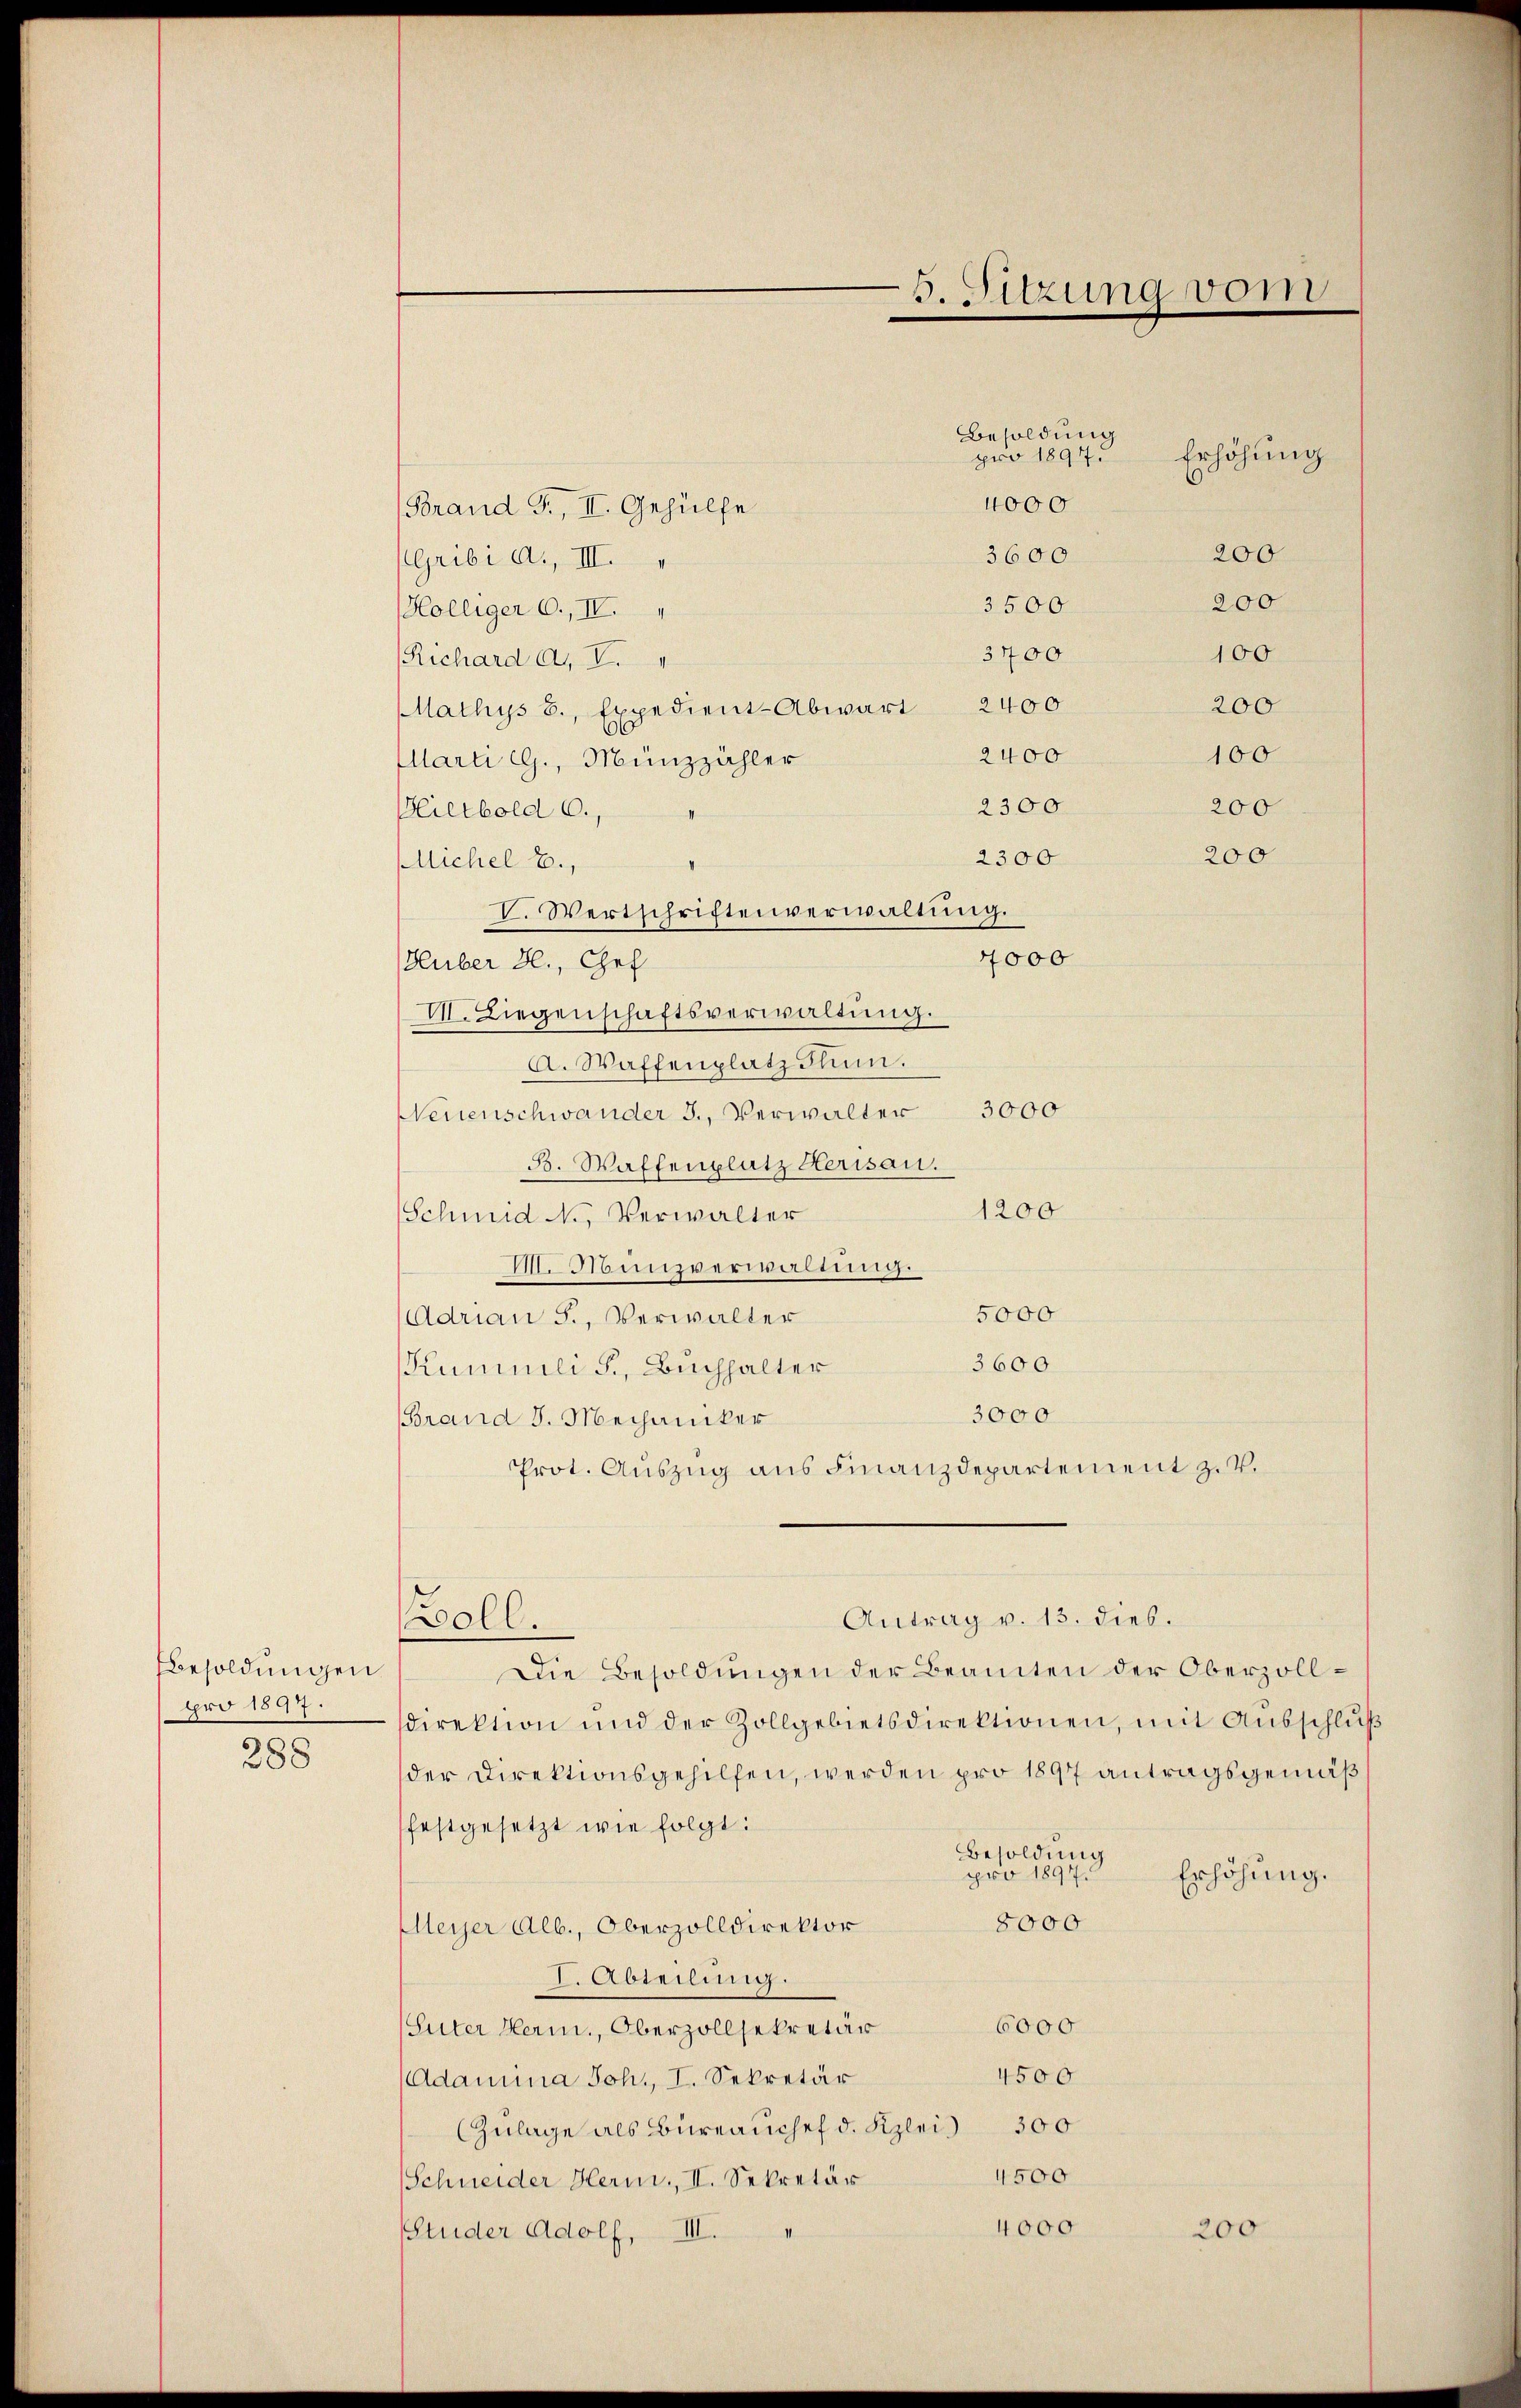
Besoldungen
pro 1897.
288

(Brand T., II. Gehülfe
Gribi a., III.
3500
Kölliger C., IV.
3400
Richard a., V.
Mathys 8., Expedient-Abwart 2400
2400
larti lg., Münzzähler
2300.
Hietbold c.,
2300
Michel E.,
4000
Huber B., Chef
V. Liegenschaftsverwaltung.
A. Waffenplatz Plum.
NNeuenschwander 3., Verwalter 3000
B. Waffenplatz Herisau.
1200
Schmid N., Verwalter
VI. Münzverwaltung.
5000
Adrian S., Verwalter
3600
Kunmli F., Buchhalter
3000
Brand J. Mechaniker
Prot. Auszug aus Finanzdepartement z. V.

Boll.

V. Wertschriftenverwaltung.

Antrag v. 13. dies.

5. Sitzung von

Besoldung
pro 1897.
4000
3600

Erhöhung
200

200
100

200
100
200
200

Die Besoldungen der Beamten der Oberzolldirektion und der Zollgebietsdirektionen, mit Ausschlŭβ
der Direktionsgehilfen, werden pro 1897 antragsgemäß
festgesetzt wie folgt:
Besoldung
pro 1897.
8000
Meyer Alb., Oberzolldirektor
1. Abteilung.
6000
(Suter Herm., Oberzollsekretär
4500
Adamina Joh., I. Sekretär
Zulage als Büreauchef d. Kzlei 300
4500
Schneider Herm., II. Sekretär
4000
200
Studer Adolf, III.

Erhöhung.